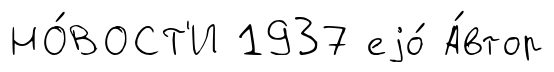
НО́ВОСТ'И 1937 еjо́ А́втор